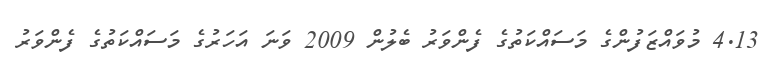
4.13 މުވައްޒަފުންގެ މަސައްކަތުގެ ފެންވަރު ބެލުން 2009 ވަނަ އަހަރުގެ މަސައްކަތުގެ ފެންވަރު